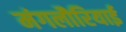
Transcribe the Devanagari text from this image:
मंगलौरियाई